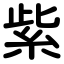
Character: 紫